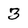
Character: 3